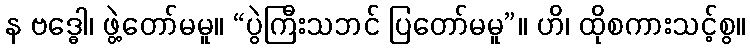
န ဗဒ္ဓေါ၊ ဖွဲ့တော်မမူ။ “ပွဲကြီးသဘင် ပြတော်မမူ”။ ဟိ၊ ထိုစကားသင့်စွ။